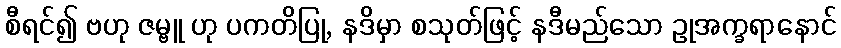
စီရင်၍ ဗဟု ဇမ္ဗူ ဟု ပကတိပြု, နဒိမှာ စသုတ်ဖြင့် နဒီမည်သော ဥုအက္ခရာနောင်